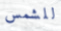
للشمس